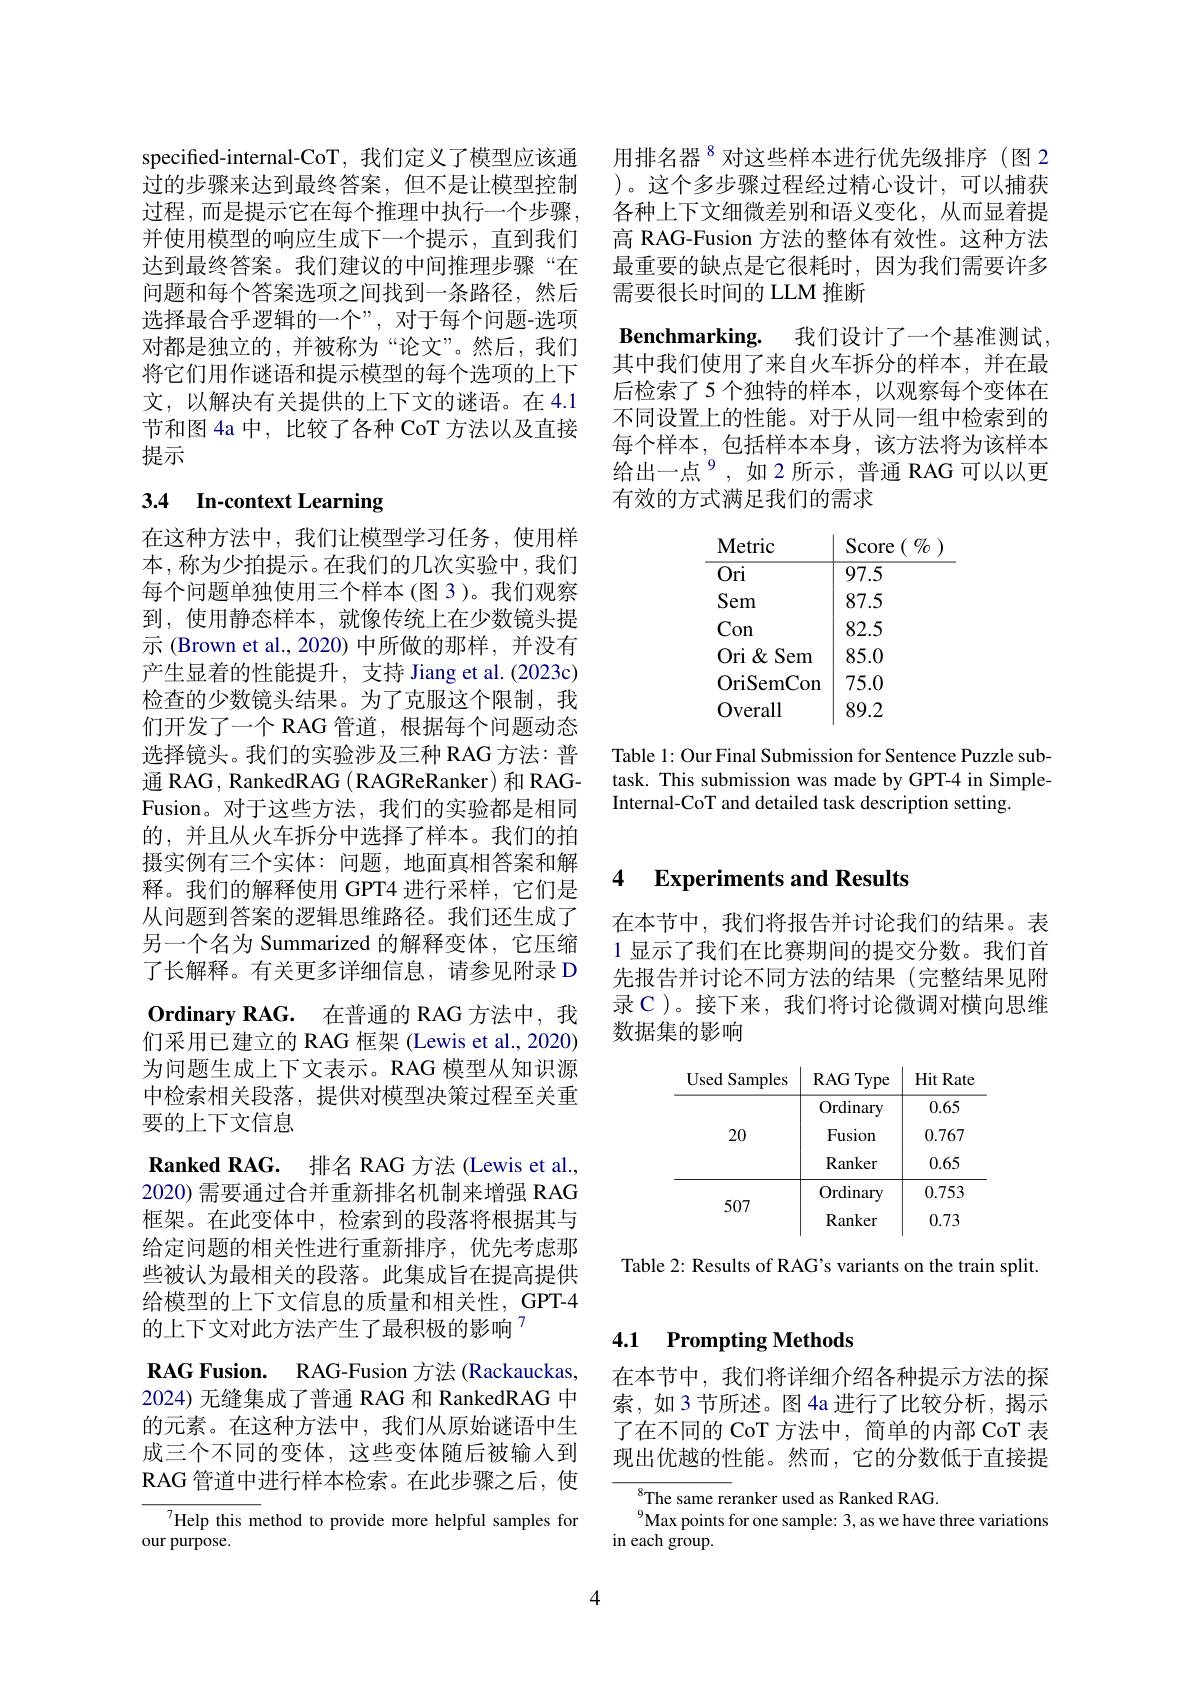
用排名器$^{8}$对这些样本进行优先级排序(图 2 )。这个多步骤过程经过精心设计，可以捕获各种上下文细微差别和语义变化，从而显着提高 RAG-Fusion 方法的整体有效性。这种方法最重要的缺点是它很耗时，因为我们需要许多需要很长时间的 LLM 推断
$\textbf{Benchmarking. }$ 我们设计了一个基准测试其中我们使用了来自火车拆分的样本，并在最后检索了5 个独特的样本，以观察每个变体在不同设置上的性能。对于从同一组中检索到的每个样本，包括样本本身，该方法将为该样本给出一点$^{9}$,如2所示，普通 RAG 可以以更有效的方式满足我们的需求

Metric
Score $(\begin{smallmatrix}0&0\\0&0\end{smallmatrix})$
$\overline{97.5}$
$\overline{\mathrm{Ori}}$ Sem
87.582.5
Con
85.0
Ori &Sem
OriSemCon 75.0
89.2
Overall

Table 1: Our Final Submission for Sentence Puzzle subtask. This submission was made by GPT-4 in SimpleInternal-CoT and detailed task description setting.

specified-internal-CoT, 我们定义了模型应该通过的步骤来达到最终答案，但不是让模型控制过程，而是提示它在每个推理中执行一个步骤， 并使用模型的响应生成下一个提示，直到我们达到最终答案。我们建议的中间推理步骤“在问题和每个答案选项之间找到一条路径，然后选择最合乎逻辑的一个”, 对于每个问题-选项对都是独立的，并被称为“论文”。然后，我们将它们用作谜语和提示模型的每个选项的上下文，以解决有关提供的上下文的谜语。在 4.1节和图 4a 中，比较了各种 CoT 方法以及直接提示

# 3.4 In-context Learning

在这种方法中，我们让模型学习任务，使用样本，称为少拍提示。在我们的几次实验中，我们每个问题单独使用三个样本(图3)。我们观察到，使用静态样本，就像传统上在少数镜头提示 (Brown et al.,2020) 中所做的那样，并没有产生显着的性能提升，支持 Jiang et al. (2023c) 检查的少数镜头结果。为了克服这个限制，我们开发了一个 RAG 管道，根据每个问题动态选择镜头。我们的实验涉及三种 RAG 方法：普通 RAG , RankedRAG ( RAGReRanker) 和 RAGFusion。对于这些方法，我们的实验都是相同的，并且从火车拆分中选择了样本。我们的拍摄实例有三个实体：问题，地面真相答案和解释。我们的解释使用 GPT4 进行采样，它们是从问题到答案的逻辑思维路径。我们还生成了另一个名为 Summarized 的解释变体，它压缩了长解释。有关更多详细信息，请参见附录 D $\textbf{Ordinary RAG. }$ 在普通的 RAG 方法中，我们采用已建立的 RAG 框架 (Lewis et al., 2020) 为问题生成上下文表示。RAG 模型从知识源中检索相关段落，提供对模型决策过程至关重要的上下文信息
$\textbf{Ranked RAG. 排 名 RAG 方 法 ( Lewis et al. , }$ 2020) 需要通过合并重新排名机制来增强 RAG 框架。在此变体中，检索到的段落将根据其与给定问题的相关性进行重新排序，优先考虑那些被认为最相关的段落。此集成旨在提高提供给模型的上下文信息的质量和相关性，GPT-4的上下文对此方法产生了最积极的影响$^{7}$
RAG Fusion. RAG-Fusion 方法 (Rackauckas, 2024) 无缝集成了普通 RAG 和 RankedRAG 中的元素。在这种方法中，我们从原始谜语中生成三个不同的变体，这些变体随后被输入到RAG 管道中进行样本检索。在此步骤之后，使
$^{7}$Help this method to provide more helpful samples for
our purpose.

4

## 4 Experiments and Results

在本节中，我们将报告并讨论我们的结果。表1 显示了我们在比赛期间的提交分数。我们首先报告并讨论不同方法的结果(完整结果见附录 C )。接下来，我们将讨论微调对横向思维数据集的影响

Table 2: Results of RAG's variants on the train split.

# 4.1 Prompting Methods

在本节中，我们将详细介绍各种提示方法的探索，如3节所述。图4a 进行了比较分析，揭示了在不同的 CoT 方法中，简单的内部 CoT 表现出优越的性能。然而，它的分数低于直接提

$^{8}$The same reranker used as Ranked RAG
Max points for one sample: 3, as we have three variations
in each group.